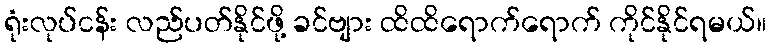
ရုံးလုပ်ငန်း လည်ပတ်နိုင်ဖို့ ခင်ဗျား ထိထိရောက်ရောက် ကိုင်နိုင်ရမယ်။